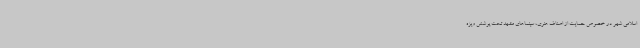
اسلامی شهر در خصوص حمایت از اصناف هنری، سینماهای مشهد تحت پوشش ویژه